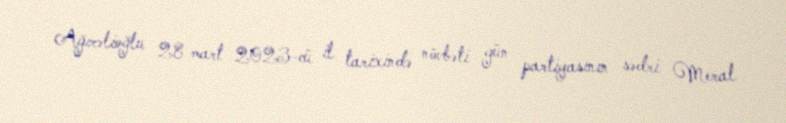
Ağırəlioğlu 28 mart 2023-cü il tarixində növbəti gün partiyasının sədri Meral